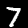
Digit: 7